Vaccination in Bombay 1863-1868 - 1863-1868
Year: 1863
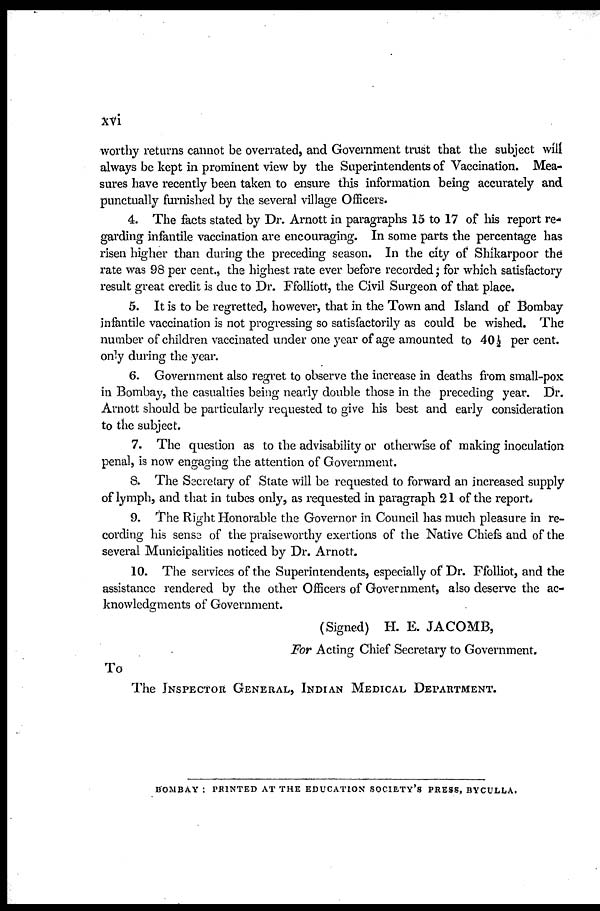
xvi
worthy returns cannot be overrated, and Government trust that the subject will
always be kept in prominent view by the Superintendents of Vaccination. Mea-
sures have recently been taken to ensure this information being accurately and
punctually furnished by the several village Officers.
4. The facts stated by Dr. Arnott in paragraphs 15 to 17 of his report re-
garding infantile vaccination are encouraging. In some parts the percentage has
risen higher than during the preceding season. In the city of Shikarpoor the
rate was 98 per cent., the highest rate ever before recorded ; for which satisfactory
result great credit is due to Dr. Ffolliott, the Civil Surgeon of that place.
5. It is to be regretted, however, that in the Town and Island of Bombay
infantile vaccination is not progressing so satisfactorily as could be wished. The
number of children vaccinated under one year of age amounted to 40 ½ per cent.
only during the year.
6. Government also regret to observe the increase in deaths from small-pox
in Bombay, the casualties being nearly double those in the preceding year. Dr.
Arnott should be particularly requested to give his best and early consideration
to the subject.
7. The question as to the advisability or otherwise of making inoculation
penal, is now engaging the attention of Government.
8. The Secretary of State will be requested to forward an increased supply
of lymph, and that in tubes only, as requested in paragraph 21 of the report.
9. The Right Honorable the Governor in Council has much pleasure in re-
cording his sense of the praiseworthy exertions of the Native Chiefs and of the
several Municipalities noticed by Dr. Arnott.
10. The services of the Superintendents, especially of Dr. Ffolliot, and the
assistance rendered by the other Officers of Government, also deserve the ac-
knowledgments of Government.
(Signed) H. E. JACOMB,
For Acting Chief Secretary to Government.
To
The INSPECTOR GENERAL, INDIAN MEDICAL DEPARTMENT.
BOMBAY : PRINTED AT THE EDUCATION SOCIETY'S PRESS, BYCULLA.